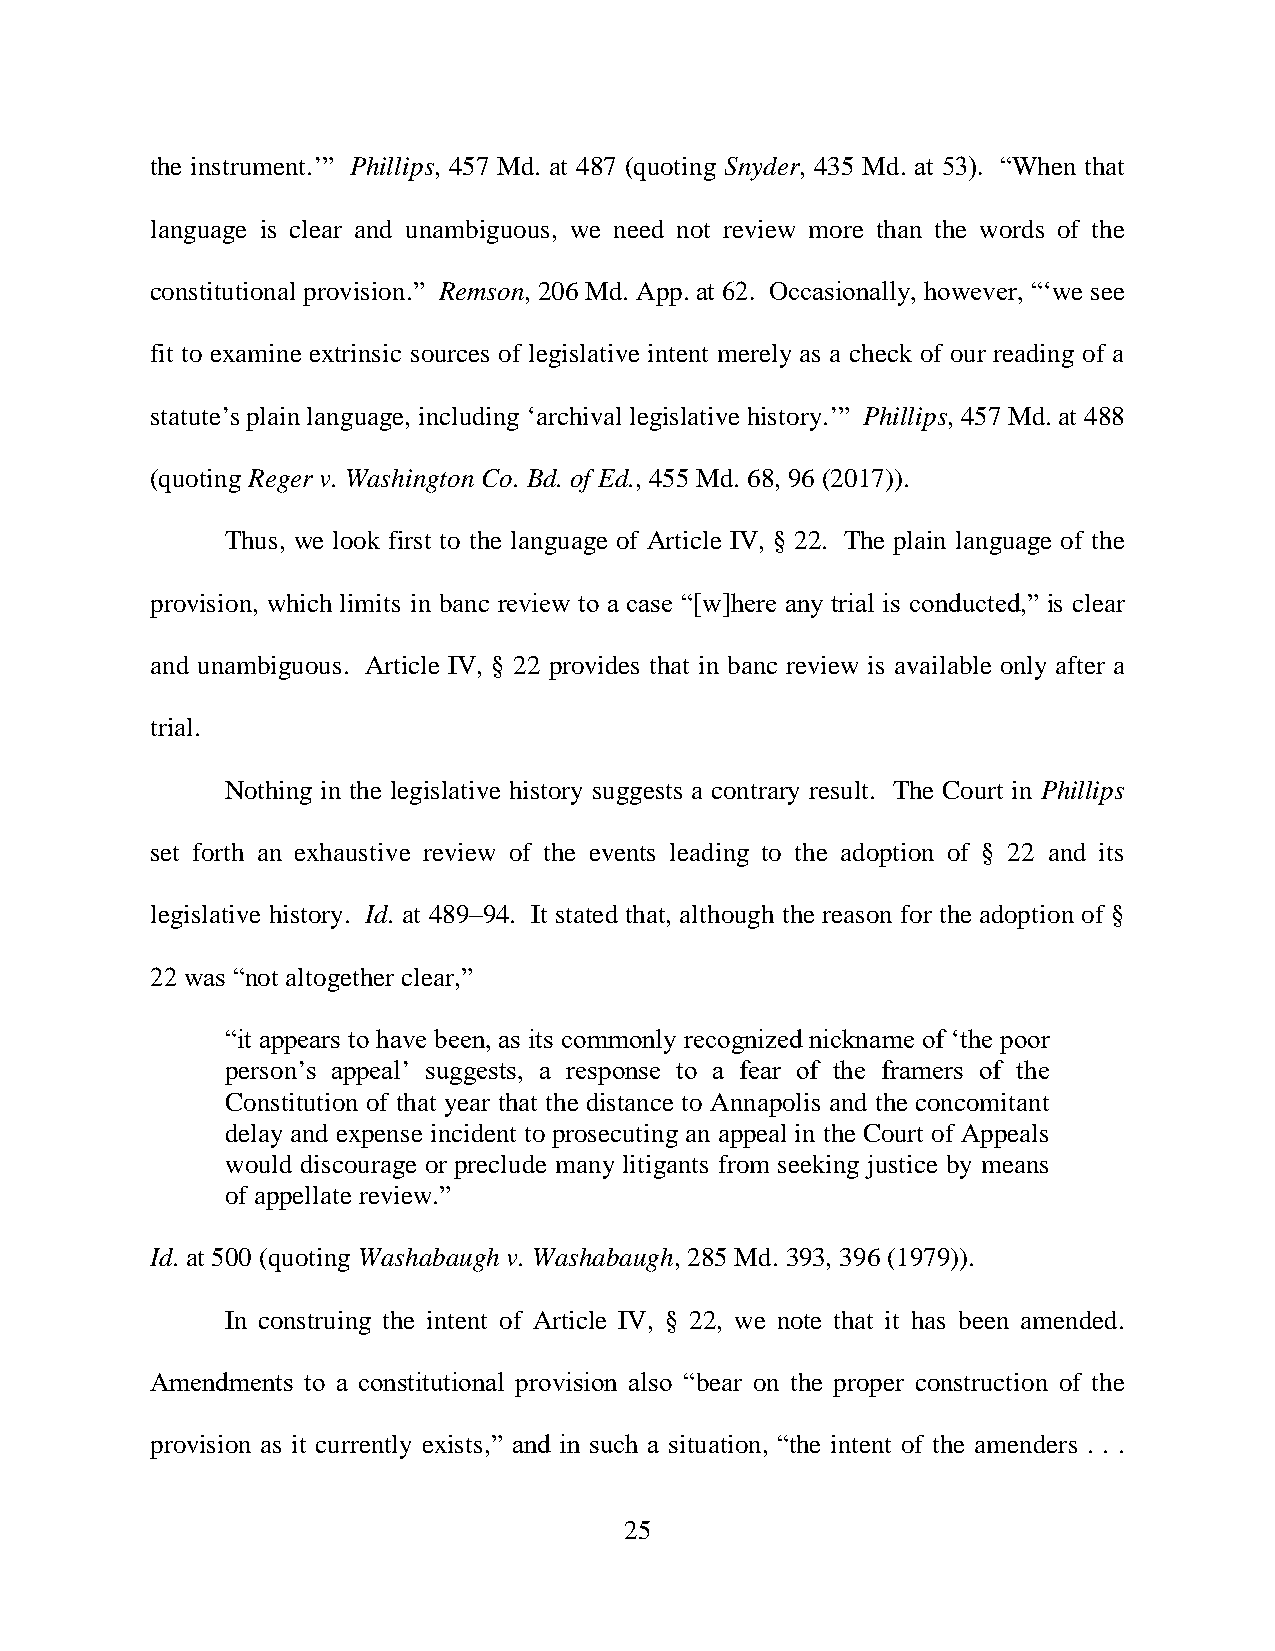
the instrument.’” Phillips, 457 Md. at 487 (quoting Snyder, 435 Md. at 53). “When that
 language is clear and unambiguous, we need not review more than the words of the
 constitutional provision.” Remson, 206 Md. App. at 62. Occasionally, however, “‘we see
 fit to examine extrinsic sources of legislative intent merely as a check of our reading of a
 statute’s plain language, including ‘archival legislative history.’” Phillips, 457 Md. at 488
 (quoting Reger v. Washington Co. Bd. of Ed., 455 Md. 68, 96 (2017)).
 Thus, we look first to the language of Article IV, § 22. The plain language of the
 provision, which limits in banc review to a case “[w]here any trial is conducted,” is clear
 and unambiguous. Article IV, § 22 provides that in banc review is available only after a
 trial.
 Nothing in the legislative history suggests a contrary result. The Court in Phillips
 set forth an exhaustive review of the events leading to the adoption of § 22 and its
 legislative history. Id. at 489–94. It stated that, although the reason for the adoption of §
 22 was “not altogether clear,”
 “it appears to have been, as its commonly recognized nickname of ‘the poor
 person’s appeal’ suggests, a response to a fear of the framers of the
 Constitution of that year that the distance to Annapolis and the concomitant
 delay and expense incident to prosecuting an appeal in the Court of Appeals
 would discourage or preclude many litigants from seeking justice by means
 of appellate review.”
 Id. at 500 (quoting Washabaugh v. Washabaugh, 285 Md. 393, 396 (1979)).
 In construing the intent of Article IV, § 22, we note that it has been amended.
 Amendments to a constitutional provision also “bear on the proper construction of the
 provision as it currently exists,” and in such a situation, “the intent of the amenders . . .
 25